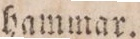
hammar.